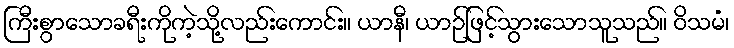
ကြီးစွာသောခရီးကိုကဲ့သို့လည်းကောင်း။ ယာနီ၊ ယာဉ်ဖြင့်သွားသောသူသည်။ ဝိသမံ၊